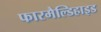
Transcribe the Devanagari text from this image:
फारमैल्डिहाइड